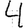
Digit: 4